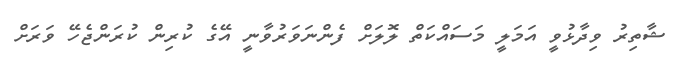
ޝާތިރު ވިދާޅުވީ އަމަލީ މަސައްކަތް ލޮލަށް ފެންނަވަރުވާނީ އޭގެ ކުރިން ކުރަންޖެހޭ ވަރަށް